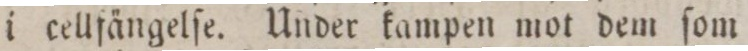
i cellfängelſe. Under kampen mot dem ſom